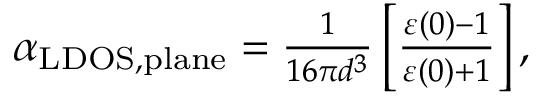
\begin{array} { r } { \alpha _ { \mathrm { L D O S , p l a n e } } = \frac { 1 } { 1 6 \pi d ^ { 3 } } \left[ \frac { \varepsilon ( 0 ) - 1 } { \varepsilon ( 0 ) + 1 } \right] , } \end{array}